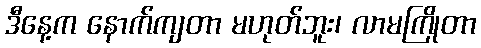
ဒီနေ့က နောက်ကျတာ မဟုတ်ဘူး၊ လာမကြိုတာ